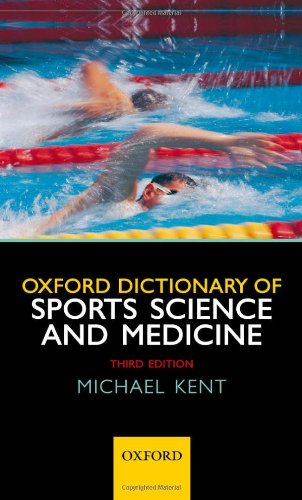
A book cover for Oxford Dictionary of Sports Science and Medicine; Michael Kent; Sports & Outdoors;